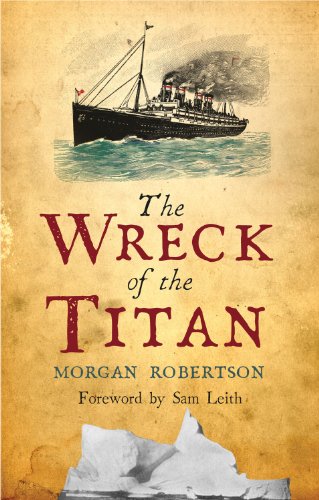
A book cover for The Wreck of the Titan; Morgan Robertson; Literature & Fiction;